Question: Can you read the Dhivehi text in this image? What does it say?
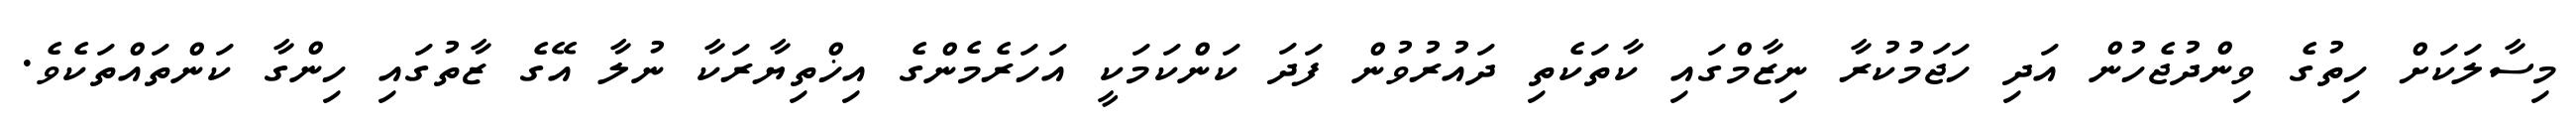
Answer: މިސާލަކަށް ހިތުގެ ވިންދުޖެހުން އަދި ހަޖަމުކުރާ ނިޒާމްގައި ކާތަކެތި ދައުރުވުން ފަދަ ކަންކަމަކީ އަހަރެމެންގެ އިޚްތިޔާރަކާ ނުލާ އޭގެ ޒާތުގައި ހިންގާ ކަންތައްތަކެވެ.